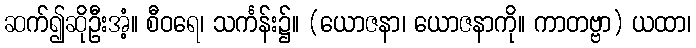
ဆက်၍ဆိုဦးအံ့။ စီဝရေ၊ သင်္ကန်း၌။ (ယောဇနာ၊ ယောဇနာကို။ ကာတဗ္ဗာ) ယထာ၊